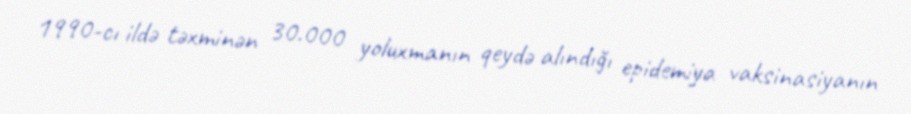
1990-cı ildə təxminən 30.000 yoluxmanın qeydə alındığı epidemiya vaksinasiyanın